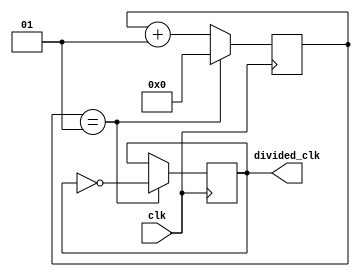
`timescale 1ns / 1ps
module clock_divider #(parameter div_value = 1) (
    input clk,
    output reg divided_clk = 0
);
    // div_value = ((100M / desired_freq) / 2) - 1
    integer count = 0;
    always@(posedge clk)
    begin
        if(count == div_value)
        begin
            count <= 0;
            divided_clk <= ~divided_clk;
        end
        else
            count <= count + 1;
    end  
endmodule